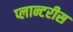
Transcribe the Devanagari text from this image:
प्लान्टरीस